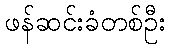
ဖန်ဆင်းခံတစ်ဦး